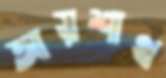
আয়শাথ